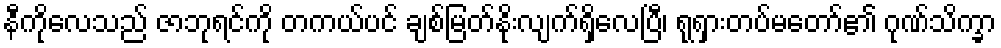
နီကိုလေသည် ဇာဘုရင်ကို တကယ်ပင် ချစ်မြတ်နိုးလျက်ရှိလေပြီ၊ ရုရှားတပ်မတော်၏ ဂုဏ်သိက္ခာ